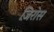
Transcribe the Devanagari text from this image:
ज़िरोस